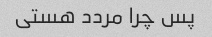
پس چرا مردد هستی